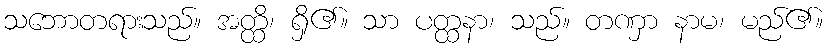
သဘောတရားသည်။ အတ္ထိ၊ ရှိ၏။ သာ ပတ္ထနာ၊ သည်။ တဏှာ နာမ၊ မည်၏။